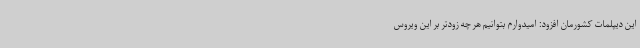
این دیپلمات کشورمان افزود: امیدوارم بتوانیم هر چه زودتر بر این ویروس